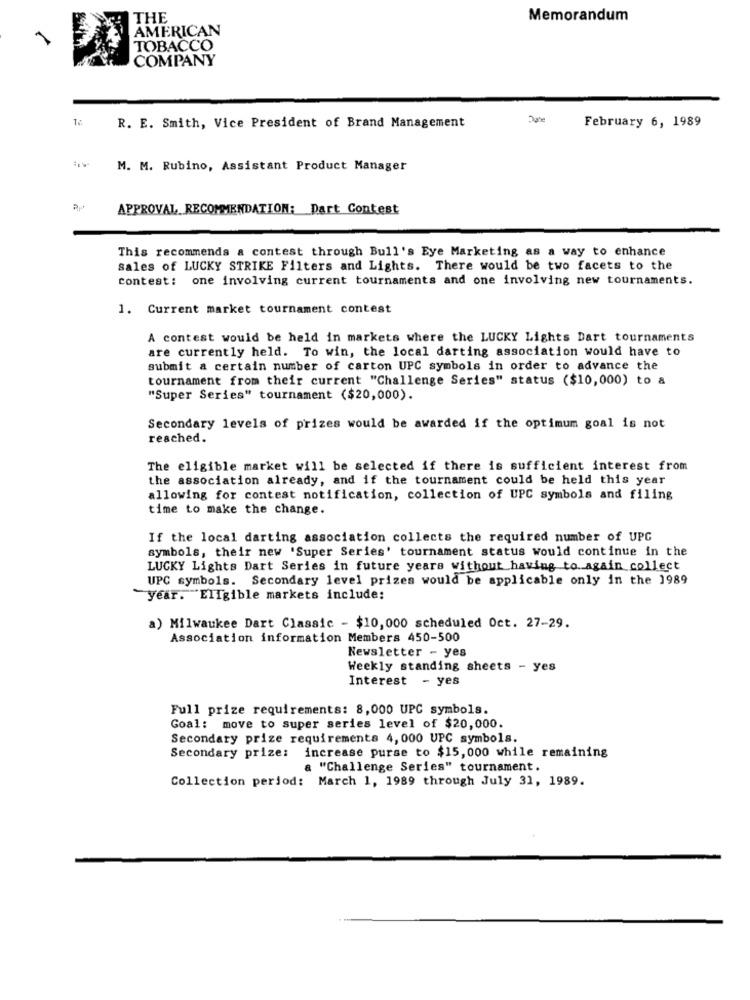
THE
Memorandum
AMERICAN
TOBACCO
COMPANY
February 6, 1989
R. E. Smith, Vice President of Brand Management
M. M. Rubino, Assistant Product Manager
APPROVAL RECOMMENDATION: Dart Contest
This recommends a contest through Bull's Eye Marketing as a way to enhance
sales of LUCKY STRIKE Filters and Lights. There would be two facets to the
contest: one involving current tournaments and one involving new tournaments.
1. Current market tournament contest
A contest would be held in markets where the LUCKY Lights Dart tournaments
are currently held. To win, the local darting association would have to
submit a certain number of carton UPC symbols in order to advance the
tournament from their current "Challenge Series" status ($10,000) to &
"Super Series" tournament ($20,000).
Secondary levels of prizes would be awarded if the optimum goal is not
reached.
The eligible market will be selected if there is sufficient interest from
the association already, and if the tournament could be held this year
allowing for contest notification, collection of UPC symbols and filing
time to make the change.
If the local darting association collects the required number of UPC
symbols, their new 'Super Series' tournament status would continue in the
LUCKY Lights Dart Series in future years without having to again collect
UPC symbols. Secondary level prizes would be applicable only in the 1989
year. Eligible markets include:
a) Milwaukee Dart Classic - $10,000 scheduled Oct. 27-29.
Association information Members 450-500
Newsletter - yes
Weekly standing sheets - yes
Interest - yes
Full prize requirements: 8,000 UPC symbols.
Goal: move to super series level of $20,000.
Secondary prize requirements 4, 000 UPC symbols.
Secondary prize: increase purse to $15, 000 while remaining
a "Challenge Series" tournament.
Collection period: March 1, 1989 through July 31, 1989.